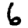
Digit: 6